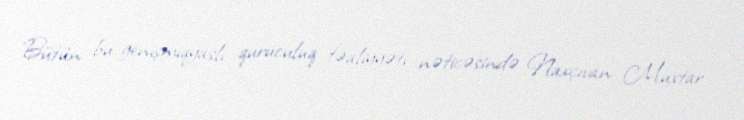
Bütün bu genişmiqyaslı quruculuq fəaliyyəti nəticəsində Naxçıvan Muxtar